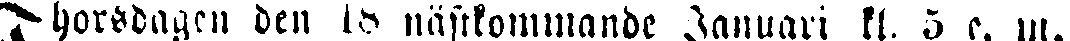
Thorsdagen den 18 nästkommandc Januari kl. 5 e. m.